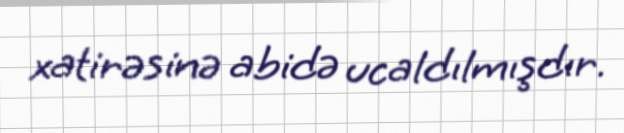
xatirəsinə abidə ucaldılmışdır.